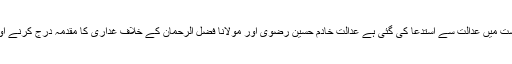
درخواست گزار نے کہا کہ خادم حسین رضوی اور مولانا فضل الرحمان نے ریاست مخالف تقاریر کیں ، درخواست میں عدالت سے استدعا کی گئی ہے عدالت خادم حسین رضوی اور مولانا فضل الرحمان کے خلاف غداری کا مقدمہ درج کرنے اور شہریوں کی املاک کو ہونے والے نقصان کے حوالے سے حکومت کو پالیسی وضع کرنے کا حکم دیا جائے ۔